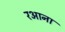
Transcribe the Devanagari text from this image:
रआना